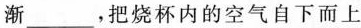
渐___，把烧杯内的空气自下而上